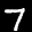
Label: 7